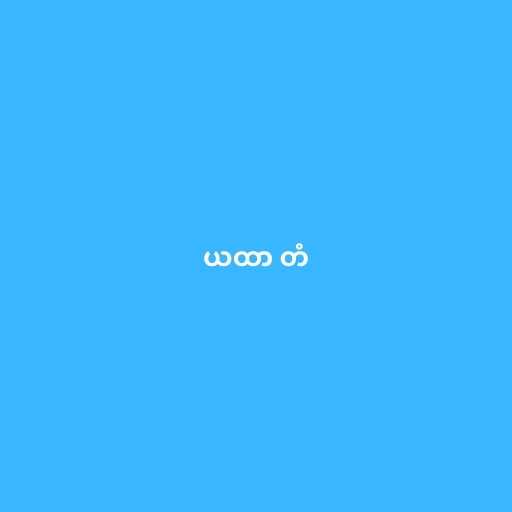
ယထာ တံ